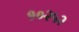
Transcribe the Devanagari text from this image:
१०२५२